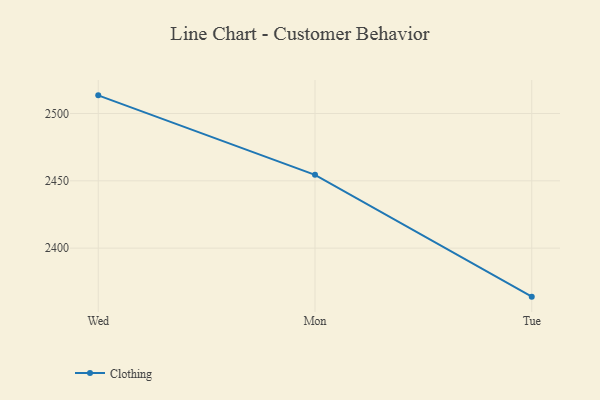
{"axis": {"x": "Day", "y": "Humidity (%)"}, "legend": ["Clothing"], "data": [{"x": "Wed", "y": 2513.5, "type": "Clothing"}, {"x": "Mon", "y": 2454.5, "type": "Clothing"}, {"x": "Tue", "y": 2364.0, "type": "Clothing"}]}